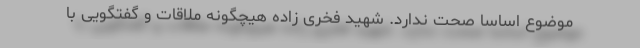
موضوع اساساً صحت ندارد. شهید فخری زاده هیچگونه ملاقات و گفتگویی با